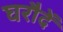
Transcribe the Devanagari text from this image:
घरौदें